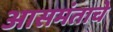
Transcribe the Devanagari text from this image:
आसमंताचे